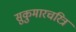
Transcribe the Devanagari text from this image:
सुकुमारचरित्र